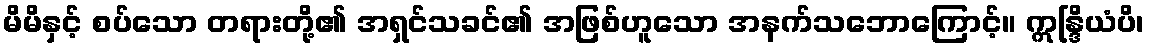
မိမိနှင့် စပ်သော တရားတို့၏ အရှင်သခင်၏ အဖြစ်ဟူသော အနက်သဘောကြောင့်။ ဣန္ဒြိယံပိ၊